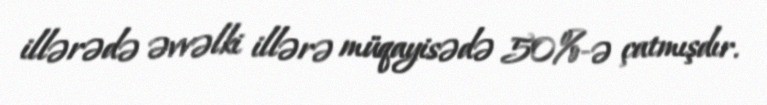
illərədə əvvəlki illərə müqayisədə 50%-ə çatmışdır.